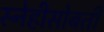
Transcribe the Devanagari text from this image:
स्नेहीसोबती